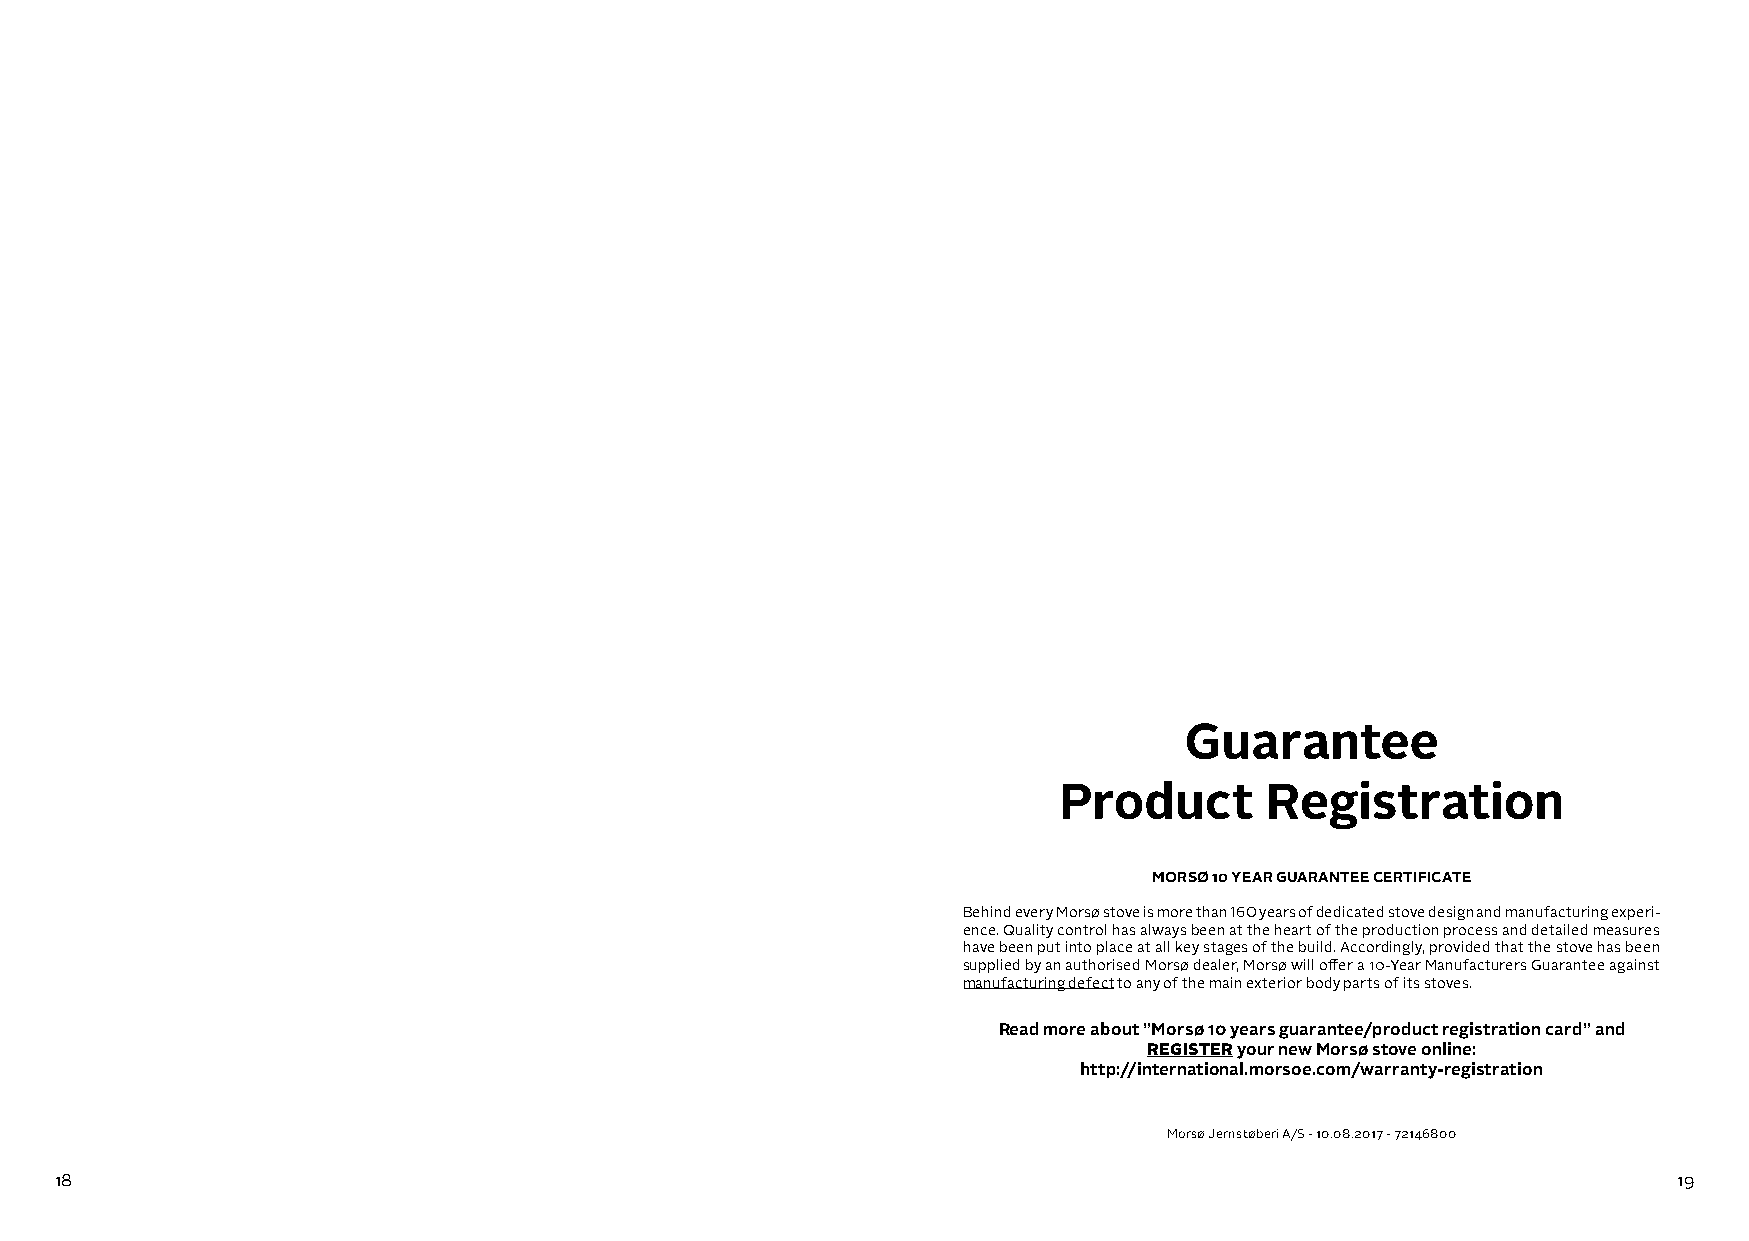
DK ENG
 Guarantee
 Product       Registration
 MORSØ 10 YEAR GUARANTEE CERTIFICATE
 Behind every Morsø stove is more than 160 years of dedicated stove design and manufacturing experi-
 ence. Quality control has always been at the heart of the production process and detailed measures
 have been put into place at all key stages of the build. Accordingly, provided that the stove has been
 supplied by an authorised Morsø dealer, Morsø will offer a 10-Year Manufacturers Guarantee against
 manufacturing defect to any of the main exterior body parts of its stoves.
 Read more about ”Morsø 10 years guarantee/product registration card” and
 REGISTER your new Morsø stove online:
 http://international.morsoe.com/warranty-registration
 Morsø Jernstøberi A/S - 10.08.2017 - 72146800
 18                                                                                                         19